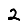
Digit: 2